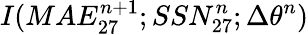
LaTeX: I(MAE_{27}^{n+1};SSN_{27}^{n};\Delta\theta^{n})